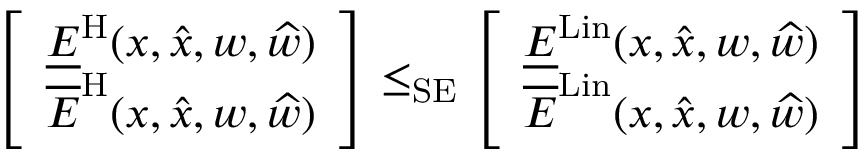
\left[ \begin{array} { l } { \underline { { E } } ^ { \mathrm { H } } ( x , \widehat { x } , w , \widehat { w } ) } \\ { \overline { { E } } ^ { \mathrm { H } } ( x , \widehat { x } , w , \widehat { w } ) } \end{array} \right] \le _ { \mathrm { S E } } \left[ \begin{array} { l } { \underline { { E } } ^ { \mathrm { L i n } } ( x , \widehat { x } , w , \widehat { w } ) } \\ { \overline { { E } } ^ { \mathrm { L i n } } ( x , \widehat { x } , w , \widehat { w } ) } \end{array} \right]